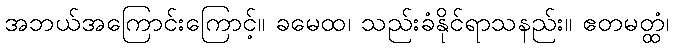
အဘယ်အကြောင်းကြောင့်။ ခမေထ၊ သည်းခံနိုင်ရာသနည်း။ ဧတမတ္ထံ၊